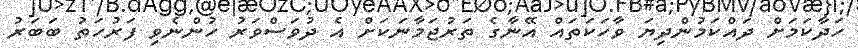
ހަދާކަމަށް ދައްކަމުންދިޔަ ވާހަކަތައް އޭނާގެ ތަރުޖަމާނަކަށް އެ ދުވަސްވަރު ހުންނެވި ފަރުހަތު ބަބަރު